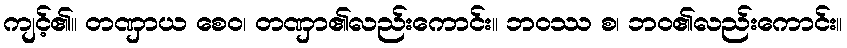
ကျင့်၏။ တဏှာယ စေဝ၊ တဏှာ၏လည်းကောင်း။ ဘဝဿ စ၊ ဘဝ၏လည်းကောင်း။